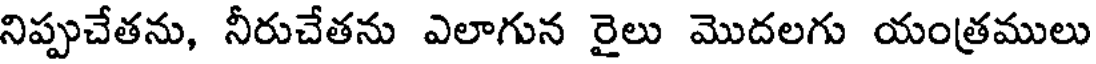
నిప్పుచేతను, నీరుచేతను ఎలాగున రైలు మొదలగు యంత్రములు